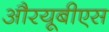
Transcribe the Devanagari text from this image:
औरयूबीएस